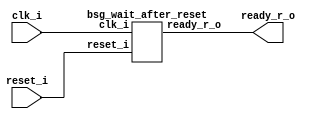


module top
(
  reset_i,
  clk_i,
  ready_r_o
);

  input reset_i;
  input clk_i;
  output ready_r_o;

  bsg_wait_after_reset
  wrapper
  (
    .reset_i(reset_i),
    .clk_i(clk_i),
    .ready_r_o(ready_r_o)
  );


endmodule



module bsg_wait_after_reset
(
  reset_i,
  clk_i,
  ready_r_o
);

  input reset_i;
  input clk_i;
  output ready_r_o;
  wire N0,N1,N2,N3,N4,N5,N6,N7,N8,N9,N10,N11,N12,N13,N14,N15,N16,N17,N18,N19,N20,N21,
  N22,N23,N24,N25,N26,N27,N28,N29,N30,N31,N32,N33,N34,N35,N36,N37,N38,N39,N40,N41,
  N42,N43,N44,N45,N46,N47,N48,N49,N50,N51,N52,N53,N54,N55,N56,N57,N58,N59,N60,N61,
  N62,N63,N64,N65,N66;
  reg ready_r_o;
  reg [19:0] counter_r;
  assign N47 = counter_r[18] | counter_r[19];
  assign N48 = counter_r[17] | N47;
  assign N49 = counter_r[16] | N48;
  assign N50 = counter_r[15] | N49;
  assign N51 = counter_r[14] | N50;
  assign N52 = counter_r[13] | N51;
  assign N53 = counter_r[12] | N52;
  assign N54 = counter_r[11] | N53;
  assign N55 = counter_r[10] | N54;
  assign N56 = counter_r[9] | N55;
  assign N57 = counter_r[8] | N56;
  assign N58 = counter_r[7] | N57;
  assign N59 = counter_r[6] | N58;
  assign N60 = counter_r[5] | N59;
  assign N61 = counter_r[4] | N60;
  assign N62 = counter_r[3] | N61;
  assign N63 = counter_r[2] | N62;
  assign N64 = counter_r[1] | N63;
  assign N65 = counter_r[0] | N64;
  assign N66 = ~N65;
  assign { N22, N21, N20, N19, N18, N17, N16, N15, N14, N13, N12, N11, N10, N9, N8, N7, N6, N5, N4, N3 } = counter_r + 1'b1;
  assign N23 = (N0)? 1'b1 : 
               (N45)? 1'b0 : 
               (N2)? 1'b1 : 1'b0;
  assign N0 = reset_i;
  assign { N43, N42, N41, N40, N39, N38, N37, N36, N35, N34, N33, N32, N31, N30, N29, N28, N27, N26, N25, N24 } = (N0)? { 1'b0, 1'b0, 1'b0, 1'b0, 1'b0, 1'b0, 1'b0, 1'b0, 1'b0, 1'b0, 1'b0, 1'b0, 1'b0, 1'b0, 1'b0, 1'b0, 1'b0, 1'b0, 1'b0, 1'b1 } : 
                                                                                                                  (N2)? { N22, N21, N20, N19, N18, N17, N16, N15, N14, N13, N12, N11, N10, N9, N8, N7, N6, N5, N4, N3 } : 1'b0;
  assign N44 = (N0)? 1'b1 : 
               (N45)? 1'b1 : 
               (N2)? 1'b0 : 1'b0;
  assign N1 = N66 | reset_i;
  assign N2 = ~N1;
  assign N46 = ~reset_i;
  assign N45 = N66 & N46;

  always @(posedge clk_i) begin
    if(N44) begin
      ready_r_o <= N45;
    end 
    if(N23) begin
      { counter_r[19:0] } <= { N43, N42, N41, N40, N39, N38, N37, N36, N35, N34, N33, N32, N31, N30, N29, N28, N27, N26, N25, N24 };
    end 
  end


endmodule